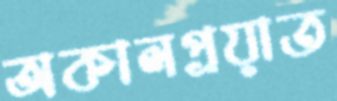
অকালপ্রয়াত